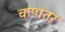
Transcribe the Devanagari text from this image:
चापांतर